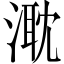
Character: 㴷